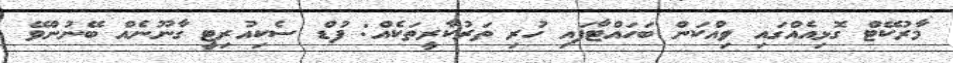
މާރުކޭޓް ގޮޅިއެއްގައި ވިއްކަން ބަހައްޓާފައި ހުރި ތަރުކާރީތަކެއް: ފުޑް ސެކިއުރިޓީ ގާނޫނެއް ބޭނުންވޭ